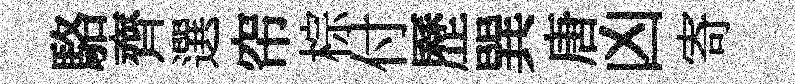
駱齊選帘棕付歷巽唐凶寄